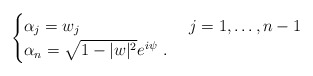
\begin{align*} \begin{cases} \alpha_j=w_j&\ j=1,\dots,n-1\\ \alpha_n=\sqrt{1-|w|^2} e^{i\psi}\ .& \end{cases}\end{align*}